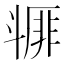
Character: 𣂇